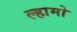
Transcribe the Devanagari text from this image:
ल्हामो